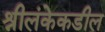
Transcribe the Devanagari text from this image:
श्रीलंकेकडील